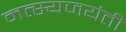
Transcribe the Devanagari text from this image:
मत्स्यजयंती